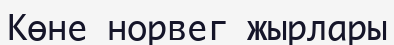
Көне норвег жырлары